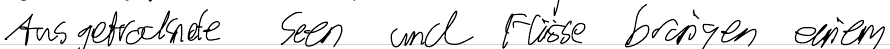
Ausgetrocknete Seen und Flüsse bringen einem